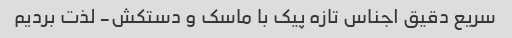
سریع دقیق اجناس تازه پیک با ماسک و دستکش- لذت بردیم